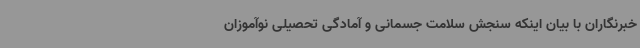
خبرنگاران با بیان اینکه سنجش سلامت جسمانی و آمادگی تحصیلی نوآموزان